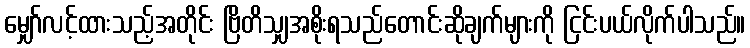
မျှော်လင့်ထားသည့်အတိုင်း ဗြိတိသျှအစိုးရသည်တောင်းဆိုချက်များကို ငြင်းပယ်လိုက်ပါသည်။